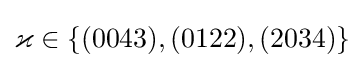
\varkappa \in \{(0043),(0122),(2034)\}